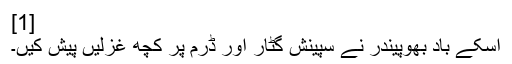
[1]
اِسکے باد بھُوپینْدْر نے سْپینِش گِٹار اَور ڈْرم پر کُچھ غزلیں پیش کِیں۔